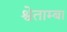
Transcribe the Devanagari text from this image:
श्वेताम्बा